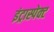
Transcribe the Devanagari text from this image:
इंट्रास्पेक्ट